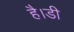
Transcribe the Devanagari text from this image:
है।डी